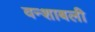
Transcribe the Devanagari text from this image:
वन्शाबली